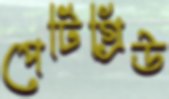
পেটিগ্রিউ